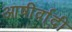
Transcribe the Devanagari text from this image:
आषीर्वादी